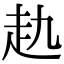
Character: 𧺎